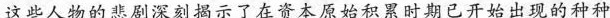
这些人物的悲剧深刻揭示了在资本原始积累时期已开始出现的种种